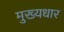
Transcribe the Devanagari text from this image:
मुख्यधार